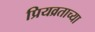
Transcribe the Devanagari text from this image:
प्रियव्रताच्या